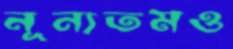
নূন্যতমও